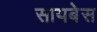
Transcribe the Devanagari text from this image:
सायबेस